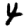
Digit: 4